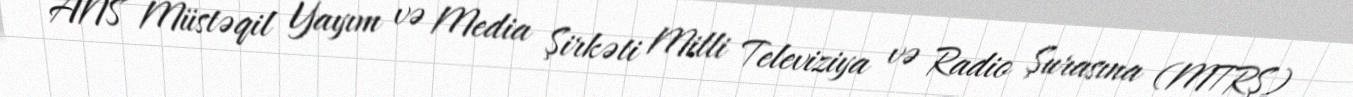
ANS Müstəqil Yayım və Media Şirkəti Milli Televiziya və Radio Şurasına (MTRŞ)